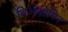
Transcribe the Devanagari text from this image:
थिओब्रोमिन